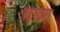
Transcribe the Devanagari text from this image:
वख्श